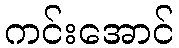
ကင်းအောင်